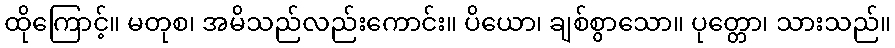
ထိုကြောင့်။ မတုစ၊ အမိသည်လည်းကောင်း။ ပိယော၊ ချစ်စွာသော။ ပုတ္တော၊ သားသည်။